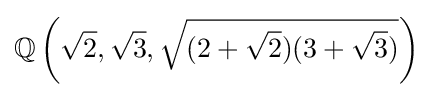
\mathbb {Q} \left({\sqrt {2}},{\sqrt {3}},{\sqrt {(2+{\sqrt {2}})(3+{\sqrt {3}})}}\right)